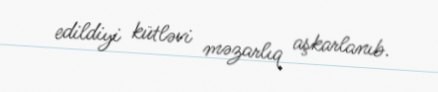
edildiyi kütləvi məzarlıq aşkarlanıb.